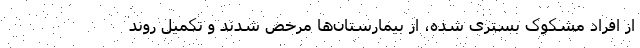
از افراد مشکوک بستری شده، از بیمارستان‌ها مرخص شدند و تکمیل روند